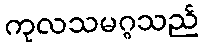
ကုလသမဂ္ဂသည်